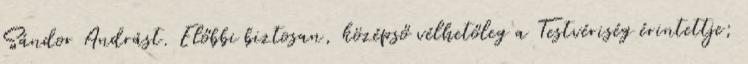
Sán­dor Andrást. Előbbi biztosan, középső vélhetőleg a Testvériség é­rintettje;